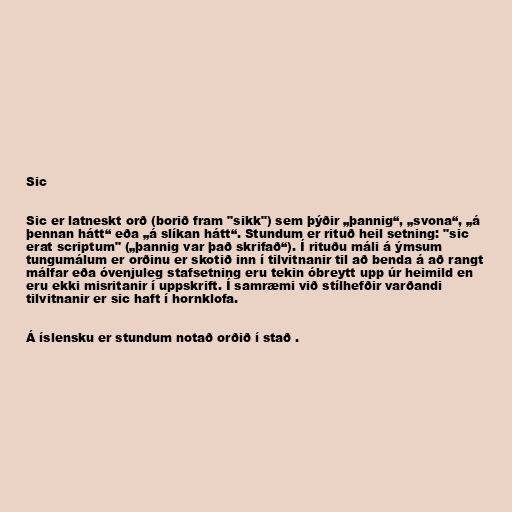
Sic

Sic er latneskt orð (borið fram "sikk") sem þýðir „þannig“, „svona“, „á
þennan hátt“ eða „á slíkan hátt“. Stundum er rituð heil setning: "sic
erat scriptum" („þannig var það skrifað“). Í rituðu máli á ýmsum
tungumálum er orðinu er skotið inn í tilvitnanir til að benda á að rangt
málfar eða óvenjuleg stafsetning eru tekin óbreytt upp úr heimild en
eru ekki misritanir í uppskrift. Í samræmi við stílhefðir varðandi
tilvitnanir er sic haft í hornklofa.

Á íslensku er stundum notað orðið í stað .